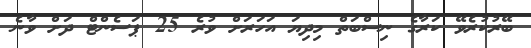
ބޭރުކުރެވޭ ކަރާގެ ނިސްބަތް މިދިޔަ އަހަރަށް ވުރެ 25 ޕަސެންޓް ދަށް ވާނެ